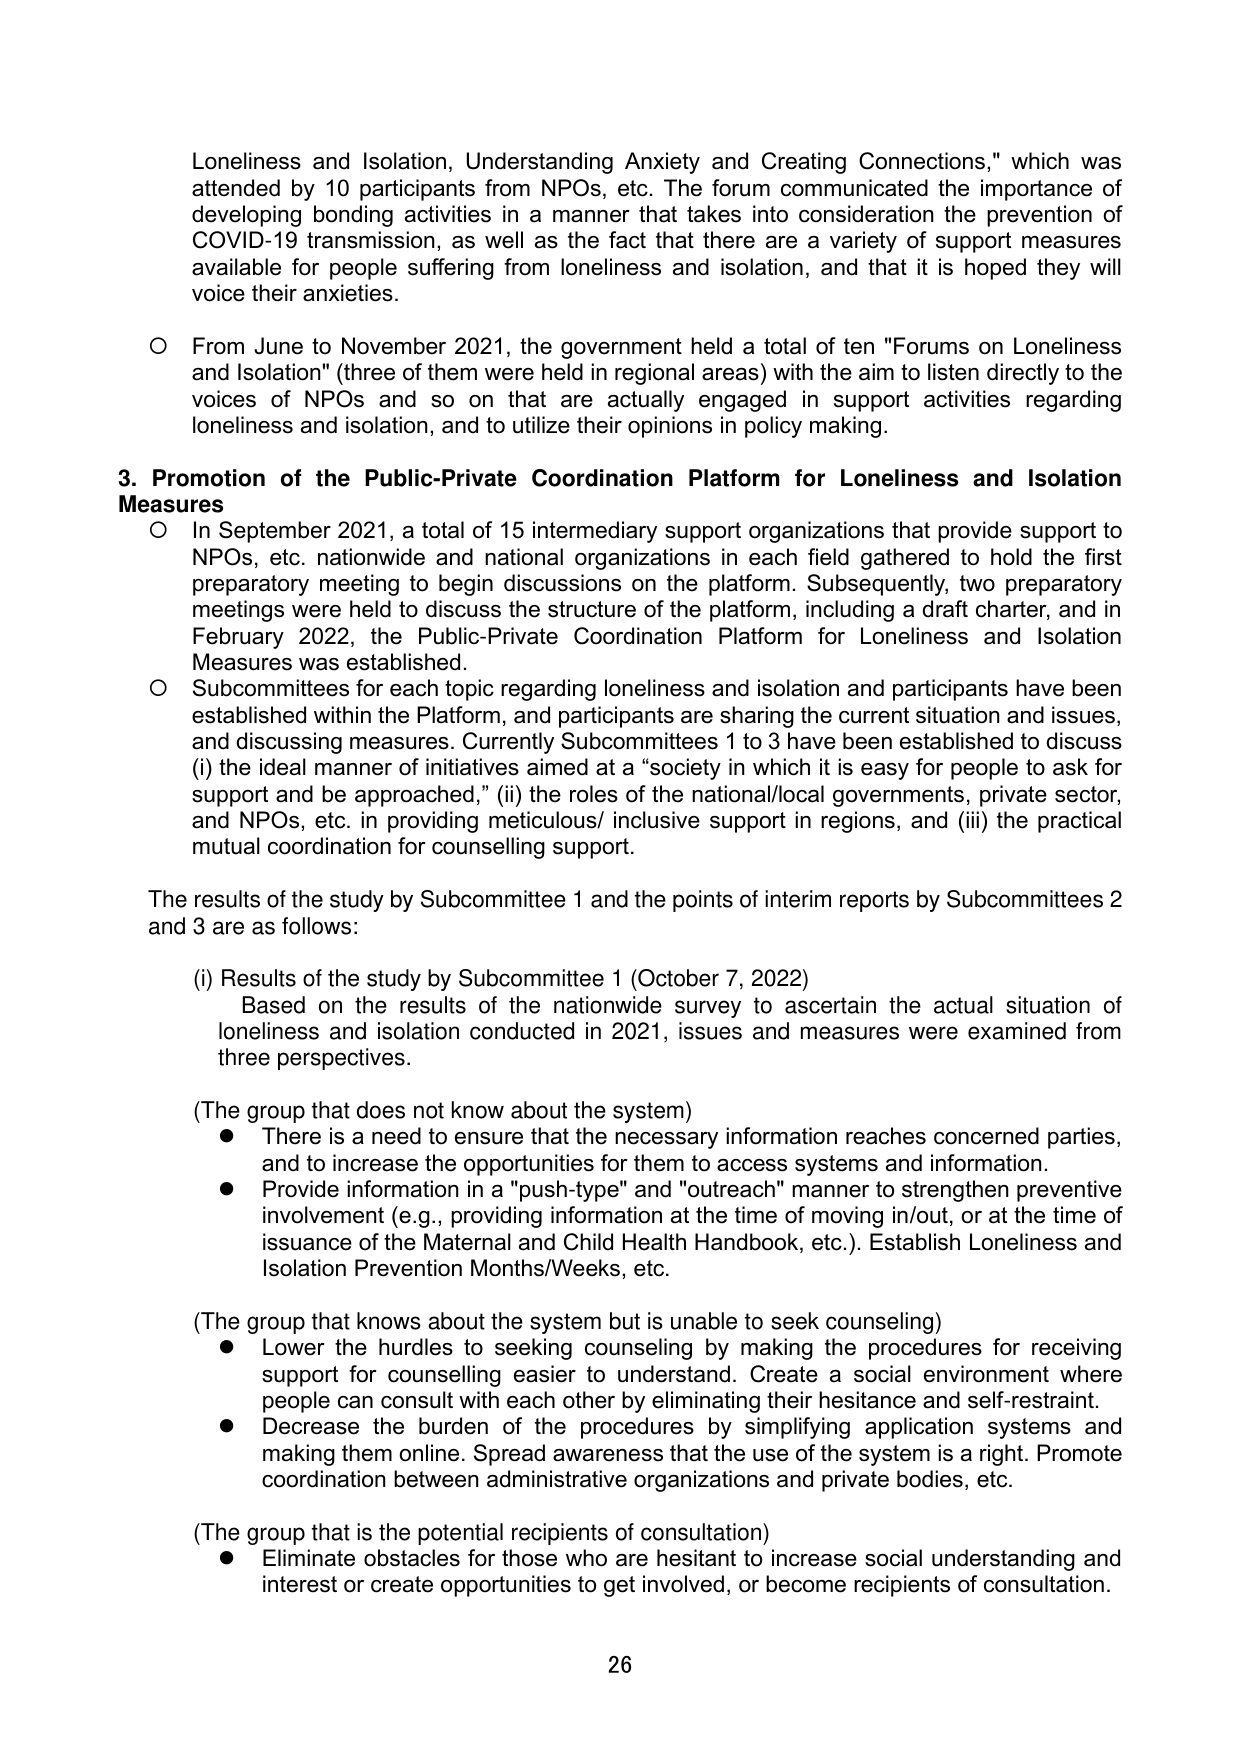
Loneliness and Isolation, Understanding Anxiety and Creating Connections," which was attended by 10 participants from NPOs, etc. The forum communicated the importance of developing bonding activities in a manner that takes into consideration the prevention of COVID-19 transmission, as well as the fact that there are a variety of support measures available for people suffering from loneliness and isolation, and that it is hoped they will voice their anxieties.

○ From June to November 2021, the government held a total of ten "Forums on Loneliness and Isolation" (three of them were held in regional areas) with the aim to listen directly to the voices of NPOs and so on that are actually engaged in support activities regarding loneliness and isolation, and to utilize their opinions in policy making.

3. Promotion of the Public-Private Coordination Platform for Loneliness and Isolation Measures

○ In September 2021, a total of 15 intermediary support organizations that provide support to NPOs, etc. nationwide and national organizations in each field gathered to hold the first preparatory meeting to begin discussions on the platform. Subsequently, two preparatory meetings were held to discuss the structure of the platform, including a draft charter, and in February 2022, the Public-Private Coordination Platform for Loneliness and Isolation Measures was established.

○ Subcommittees for each topic regarding loneliness and isolation and participants have been established within the Platform, and participants are sharing the current situation and issues, and discussing measures. Currently Subcommittees 1 to 3 have been established to discuss (i) the ideal manner of initiatives aimed at a “society in which it is easy for people to ask for support and be approached,” (ii) the roles of the national/local governments, private sector, and NPOs, etc. in providing meticulous/ inclusive support in regions, and (iii) the practical mutual coordination for counselling support.

The results of the study by Subcommittee 1 and the points of interim reports by Subcommittees 2 and 3 are as follows:

(i) Results of the study by Subcommittee 1 (October 7, 2022)
Based on the results of the nationwide survey to ascertain the actual situation of loneliness and isolation conducted in 2021, issues and measures were examined from three perspectives.

(The group that does not know about the system)
● There is a need to ensure that the necessary information reaches concerned parties, and to increase the opportunities for them to access systems and information.
● Provide information in a "push-type" and "outreach" manner to strengthen preventive involvement (e.g., providing information at the time of moving in/out, or at the time of issuance of the Maternal and Child Health Handbook, etc.). Establish Loneliness and Isolation Prevention Months/Weeks, etc.

(The group that knows about the system but is unable to seek counseling)
● Lower the hurdles to seeking counseling by making the procedures for receiving support for counselling easier to understand. Create a social environment where people can consult with each other by eliminating their hesitance and self-restraint.
● Decrease the burden of the procedures by simplifying application systems and making them online. Spread awareness that the use of the system is a right. Promote coordination between administrative organizations and private bodies, etc.

(The group that is the potential recipients of consultation)
● Eliminate obstacles for those who are hesitant to increase social understanding and interest or create opportunities to get involved, or become recipients of consultation.

26